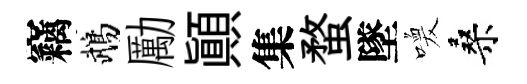
竊鵡勵顚集蝥墜喚桑